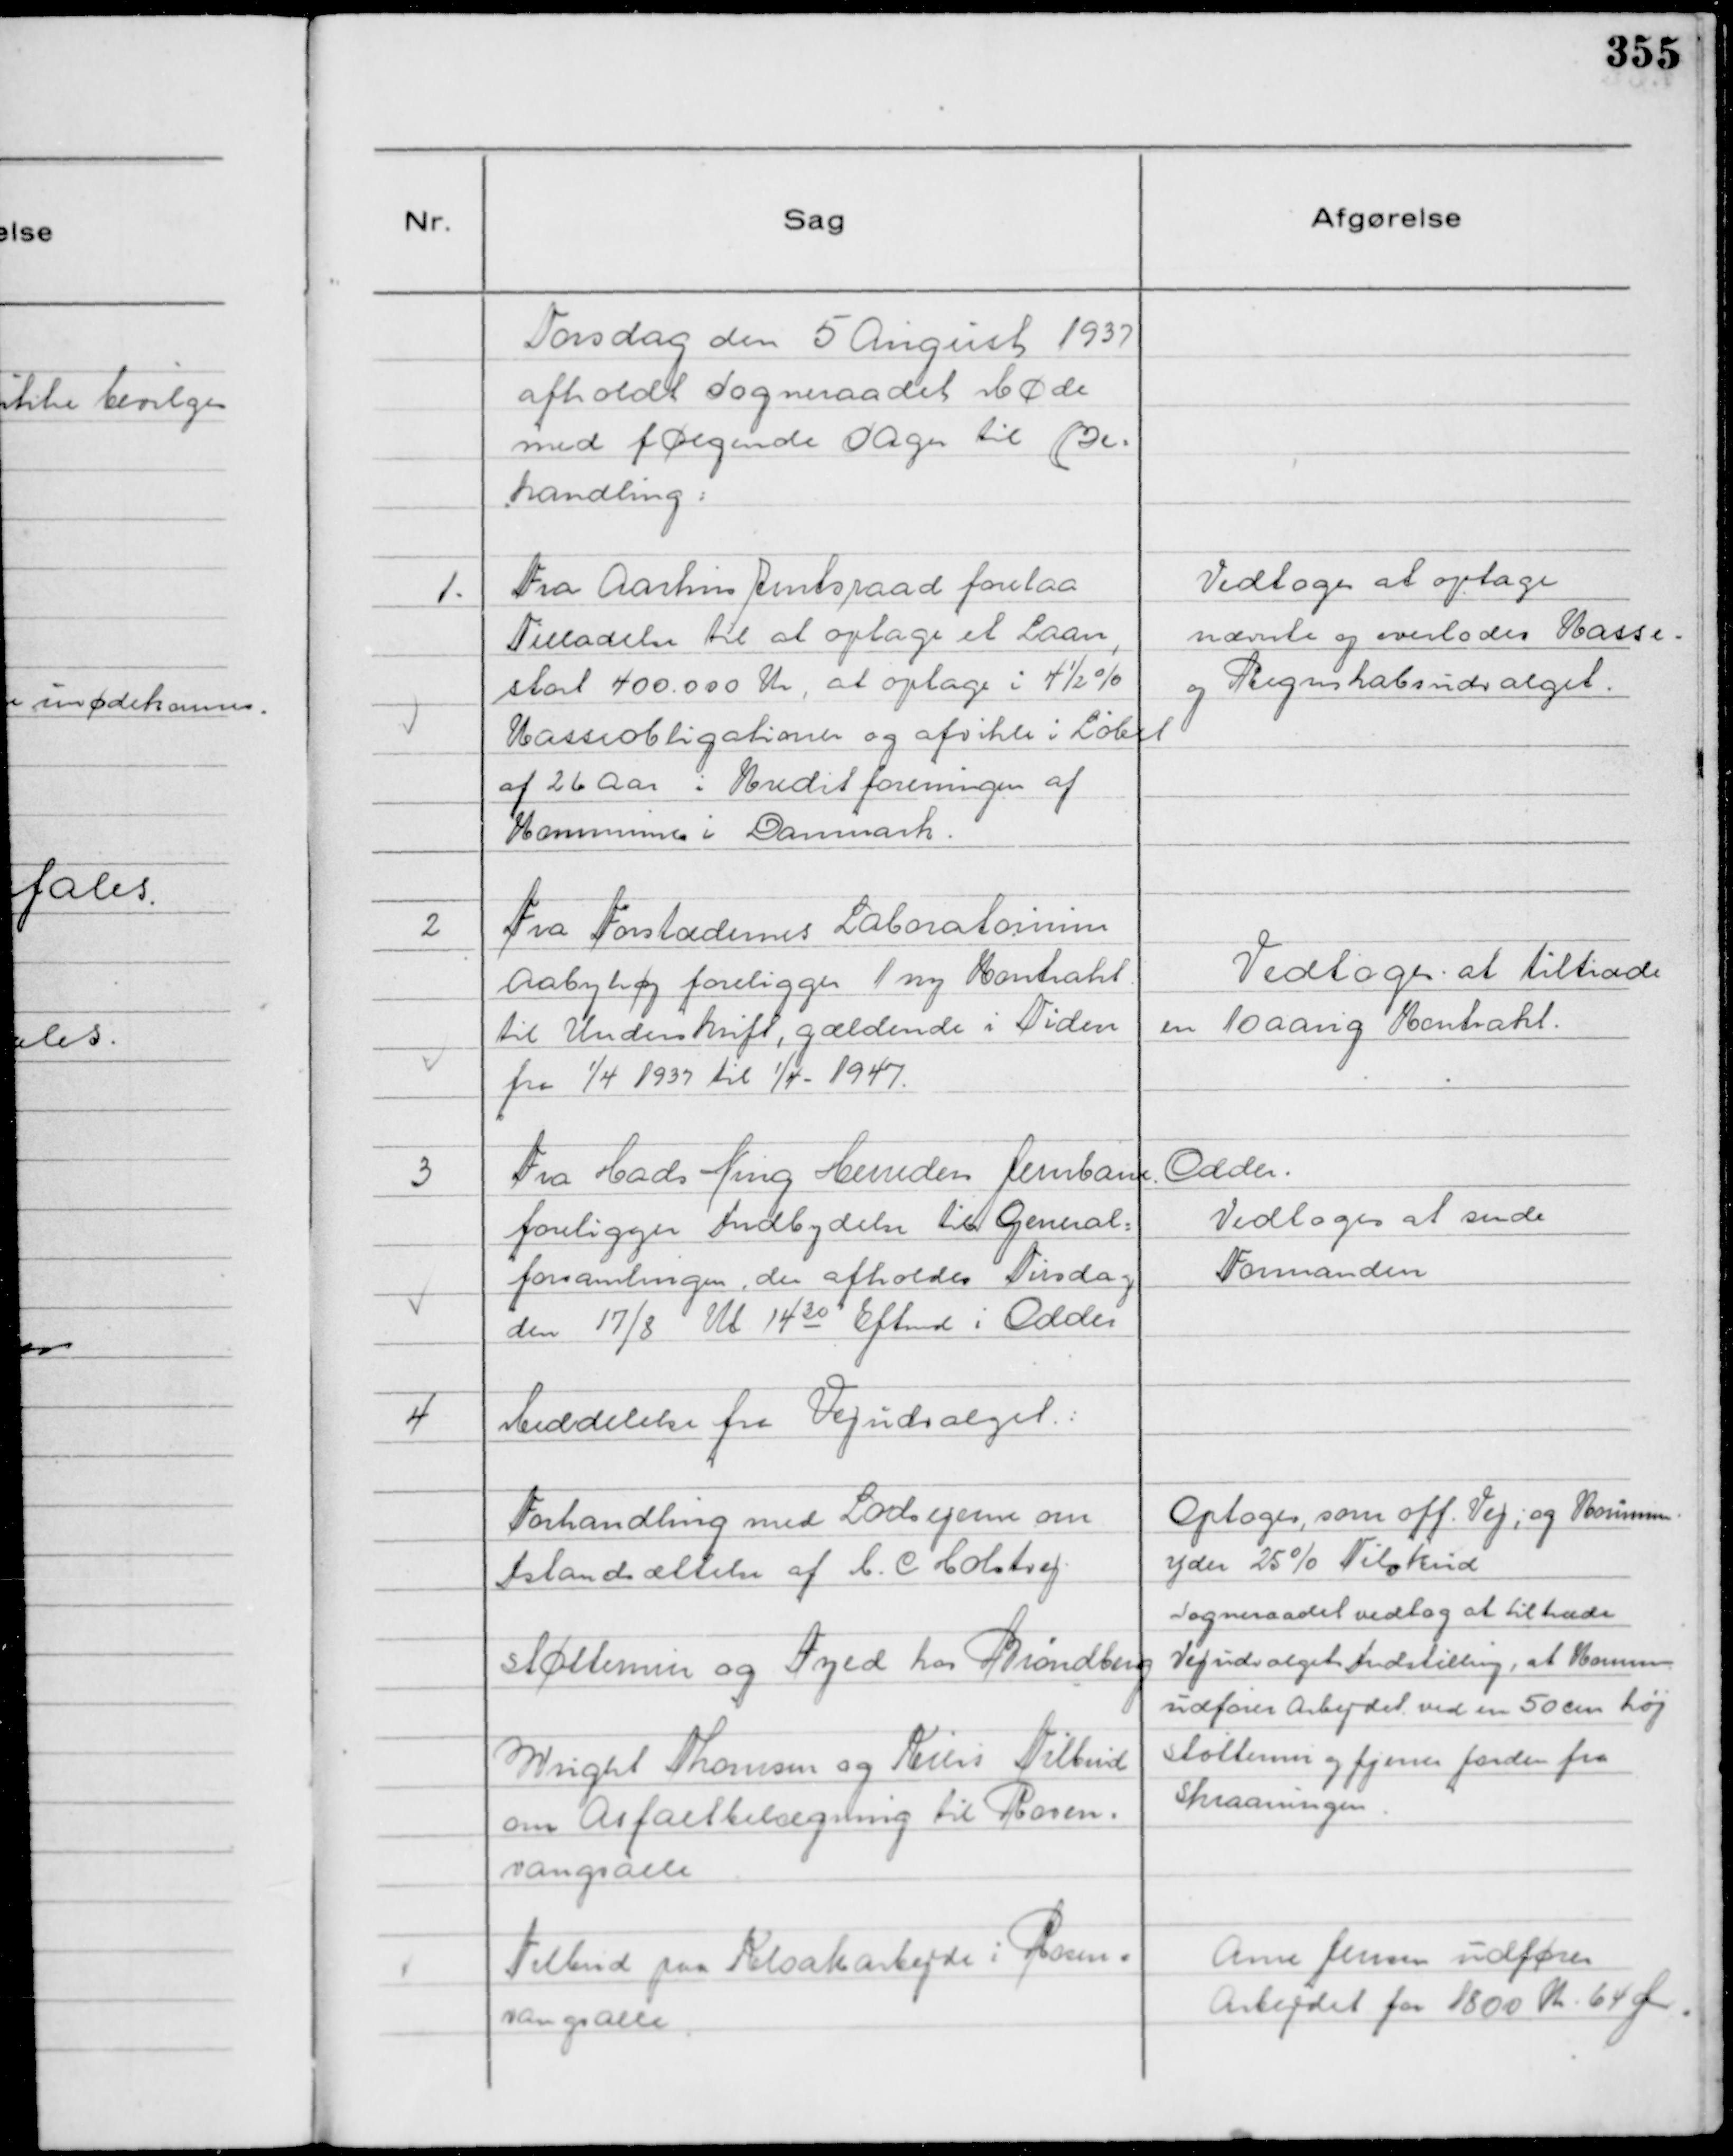
Transskription:
Torsdag den 5 August 1937
afholdt Sogneraadet Møde
med følgende Sager til Be=
handling:

1.
Fra Aarhus Amtsraad forelaa
Tilladelse til at optage et Laan,
stort 400.000 Kr, at optage i 4½%
Kasseobligationer og afvikle i Løbet
af 26 Aar i Kreditforeningen af
Kommuner i Danmark.

Vedtoges at optage
nævnte og overlodes Kasse-
og Regnskabsudvalget.

2
Fra Forstædernes Laboratorium
Aabyhøj foreligger 1 ny Kontrakt
til Underskrift, gældende i Tiden
fra 1/4 1937 til 1/4 - 1947.

Vedtoges at tiltræde
en 10 aarig Kontrakt.

3
Fra Hads Ning Herrders Jernbane. Odder.
foreligger Indbydelse til General=
forsamlingen, der afholdes Tirsdag 
den 17/8 Kl 14 30 Eftermd i Odder

Vedtoges at sende
Formanden

4
Meddelelse fra Vejudvalget:
Forhandling med Lodsejerne om
Istandsættelse af H. C Holstvej.
Optoges, som off. Vej; og Kommen
yder 25% Tilskud
Støttemur og Fyld hos Brøndberg
Sogneraadet vedtog at tiltræde
Vejudvalgets Indstilling, at Komm
udfører Arbejdet ved en 50 cm høj
Støttemur og fjerner Jorden fra
Skraaningen
Wright Thomsen og Kiers Tilbud
om Asfaltbelægning til Rosen=
vangsalle
Tilbud paa Kloakarbejde i Rosen=
vangsalle
Arne Jensen udfører
Arbejdet for 1800 Kr. 64 Øre.